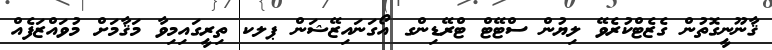
ޤާނޫނީގޮތުން ގެޒެޓްކުރެވޭ ލިޔުން ސްޓޭޓް ޓްރޭޑިންގ އޯގަނައިޒޭޝަން ޕލކ ތިރީގައިމިވާ މަޤާމަށް މުވައްޒަފެއް